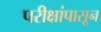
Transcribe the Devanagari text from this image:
परीक्षांपासून